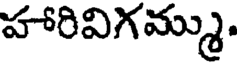
హారివిగమ్ము.